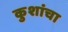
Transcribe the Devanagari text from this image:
कुशांचा